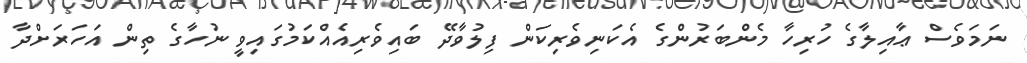
ނަމަވެސް ޢާއިލާގެ ހުރިހާ މެންބަރުންގެ އެކަނިވެރިކަން ފިލުވާދޭ ބައިވެރިއެއްކަމުގައިވީ ނުހާގެ ތިން އަހަރަށްދާ